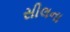
સીલના